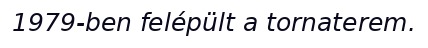
1979-ben felépült a tornaterem.